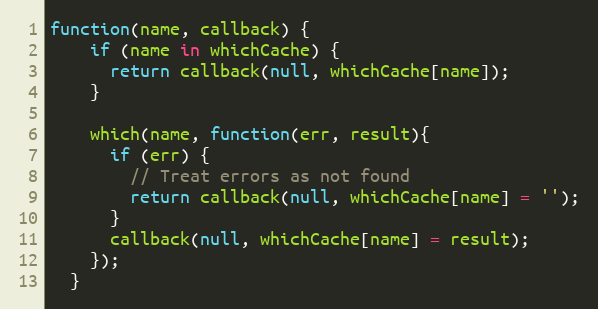
Language: JavaScript
function(name, callback) {
    if (name in whichCache) {
      return callback(null, whichCache[name]);
    }

    which(name, function(err, result){
      if (err) {
        // Treat errors as not found
        return callback(null, whichCache[name] = '');
      }
      callback(null, whichCache[name] = result);
    });
  }